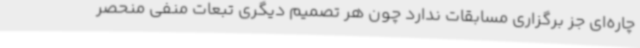
چاره‌ای جز برگزاری مسابقات ندارد چون هر تصمیم دیگری تبعات منفی منحصر